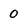
Character: 0